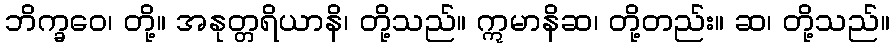
ဘိက္ခဝေ၊ တို့။ အနုတ္တရိယာနိ၊ တို့သည်။ ဣမာနိဆ၊ တို့တည်း။ ဆ၊ တို့သည်။